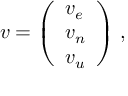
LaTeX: { \boldsymbol { v } } = { \left( \begin{array} { l } { v _ { e } } \\ { v _ { n } } \\ { v _ { u } } \end{array} \right) } \ ,